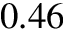
0 . 4 6